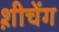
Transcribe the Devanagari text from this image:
श़ीचेंग